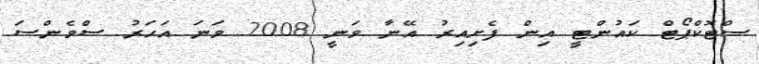
ސްޓޮކްޕޯޓް ކައުންޓީ އިން ފެށިއިރު އޭނާ ވަނީ 2008 ވަނަ އަހަރު ސްވެންސަ